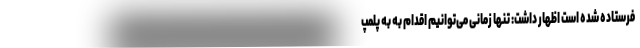
فرستاده شده است اظهار داشت:‌ تنها زمانی می‌توانیم اقدام به به پلمپ